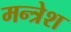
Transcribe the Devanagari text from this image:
मन्त्रेश